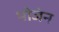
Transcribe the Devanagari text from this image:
भोजंन